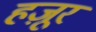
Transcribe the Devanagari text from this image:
हज़ूर